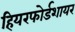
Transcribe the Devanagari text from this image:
हियरफोर्डशायर